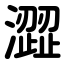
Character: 澀